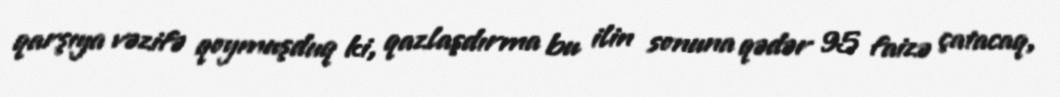
qarşıya vəzifə qoymuşduq ki, qazlaşdırma bu ilin sonuna qədər 95 faizə çatacaq,